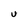
Character: U